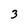
Character: 3